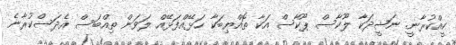
ކީއްކުރާނީ. ނަޝީދަކާ ލޫކާސް ޕޫކާސް އަކާ ތޮއްޔިބަކާ ހަޅޭއްފަޅޭއް ލަވަން ތިއްބަސް އެދަސްކުރާނެ